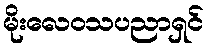
မိုးလေဝသပညာရှင်